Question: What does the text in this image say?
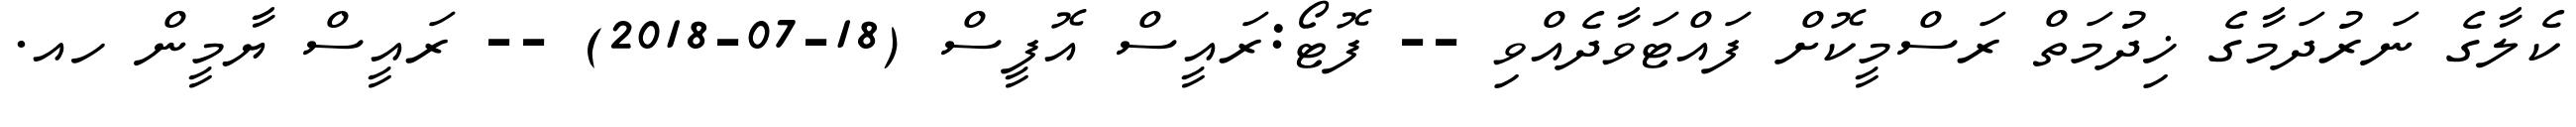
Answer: ކެލާގެ ނަރުދަމާގެ ޚިދުމަތް ރަސްމީކޮށް ފައްޓަވާދެއްވި -- ފޮޓޯ:ރައީސް އޮފީސް (18-07-2018) -- ރައީސް ޔާމީން ހއ.